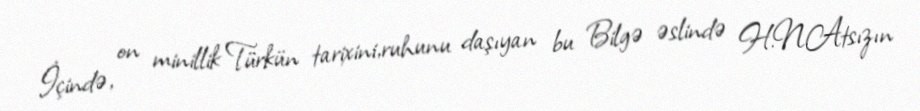
İçində, on minillik Türkün tarixini,ruhunu daşıyan bu Bilgə əslində H.N.Atsızın